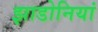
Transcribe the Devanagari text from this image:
झाडोनियां